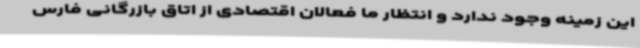
این زمینه وجود ندارد و انتظار ما فعالان اقتصادی از اتاق بازرگانی فارس